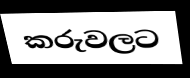
කරුවලට